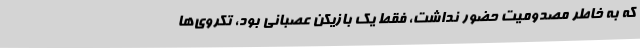
که به خاطر مصدومیت حضور نداشت، فقط یک بازیکن عصبانی بود، تکروی‌ها